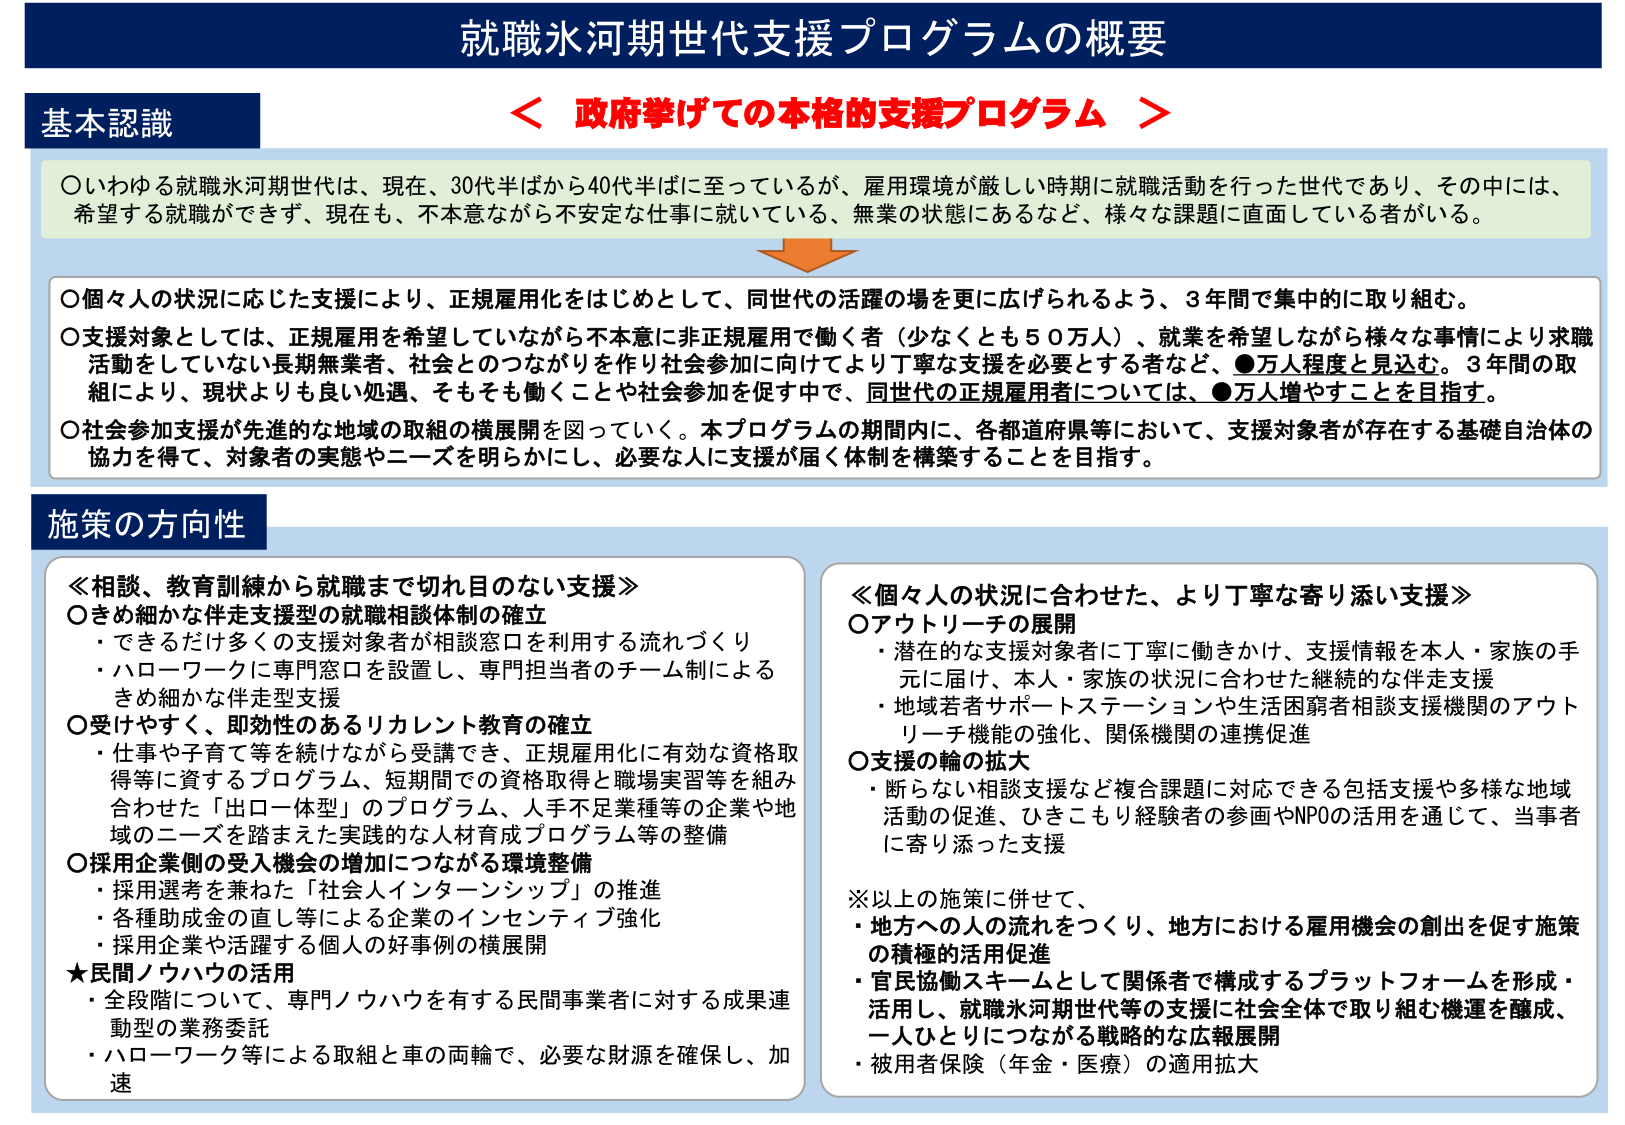
就職氷河期世代支援プログラムの概要

＜ 政府挙げての本格的支援プログラム ＞

基本認識

○いわゆる就職氷河期世代は、現在、30代半ばから40代半ばに至っているが、雇用環境が厳しい時期に就職活動を行った世代であり、その中には、希望する就職ができず、現在も、不本意ながら不安定な仕事に就いている、無業の状態にあるなど、様々な課題に直面している者がいる。

○個人の状況に応じた支援により、正規雇用化をはじめとして、同世代の活躍の場を更に広げられるよう、3年間で集中的に取り組む。

○支援対象としては、正規雇用を希望していながら不本意に非正規雇用で働く者（少なくとも50万人）、就業を希望しながら様々な事情により求職活動をしていない長期無業者、社会とのつながりを作り社会参加に向けてより丁寧な支援を必要とする者など、●万人程度と見込む。3年間の取組により、現状よりも良い処遇、そもそも働くことや社会参加を促す中で、同世代の正規雇用者については、●万人増やすことを目指す。

○社会参加支援が先進的な地域の取組の横展開を図っていく。本プログラムの期間内に、各都道府県等において、支援対象者が存在する基礎自治体の協力を得て、対象者の実態やニーズを明らかにし、必要な人に支援が届く体制を構築することを目指す。

施策の方向性

≪相談、教育訓練から就職まで切れ目のない支援≫
○きめ細かな伴走支援型の就職相談体制の確立
・できるだけ多くの支援対象者が相談窓口を利用する流れづくり
・ハローワークに専門窓口を設置し、専門担当者のチーム制によるきめ細かな伴走型支援

○受けやすく、即効性のあるリカレント教育の確立
・仕事や子育て等を続けながら受講でき、正規雇用化に有効な資格取得等に資するプログラム、短期間での資格取得と職場実習等を組み合わせた「出ロ一体型」のプログラム、人手不足業種等の企業や地域のニーズを踏まえた実践的な人材育成プログラム等の整備

○採用企業側の受入機会の増加につながる環境整備
・採用選考を兼ねた「社会人インターンシップ」の推進
・各種助成金の直し等による企業のインセンティブ強化
・採用企業や活躍する個人の好事例の横展開

★民間ノウハウの活用
・全段階について、専門ノウハウを有する民間事業者に対する成果連動型の業務委託
・ハローワーク等による取組と車の両輪で、必要な財源を確保し、加速

≪個人の状況に合わせた、より丁寧な寄り添い支援≫
○アウトリーチの展開
・潜在的な支援対象者に丁寧に働きかけ、支援情報を本人・家族の手元に届け、本人・家族の状況に合わせた継続的な伴走支援
・地域若者サポートステーションや生活困窮者相談支援機関のアウトリーチ機能の強化、関係機関の連携促進

○支援の輪の拡大
・断らない相談支援など複合課題に対応できる包括支援や多様な地域活動の促進、ひきこもり経験者の参画やNPOの活用を通じて、当事者に寄り添った支援

※以上の施策に併せて、
・地方への人の流れをつくり、地方における雇用機会の創出を促す施策の積極的活用促進
・官民協働スキームとして関係者で構成するプラットフォームを形成・活用し、就職氷河期世代等の支援に社会全体で取り組む機運を醸成、一人ひとりにつながる戦略的な広報展開
・被用者保険（年金・医療）の適用拡大